Vaccination in Bombay 1902-1912 - 1902-1912
Year: 1902
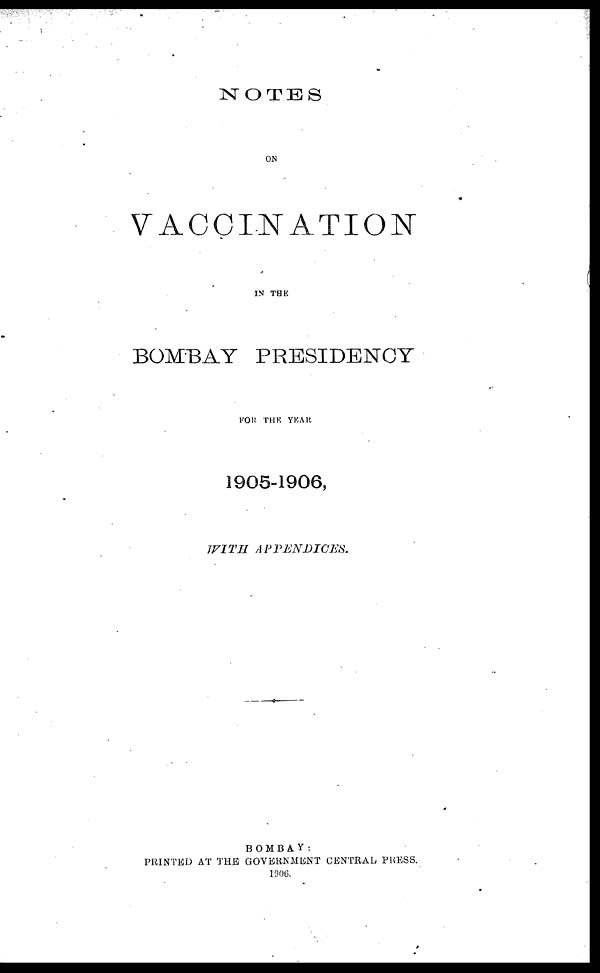
NOTES
ON
VACCINATION
IN THE
BOMBAY PRESIDENCY
FOR THE YEAR
1905-1906,
WITH
APPENDICES.
BOMBAY:
PRINTED AT THE GOVERNMENT CENTRAL PRESS.
1906.